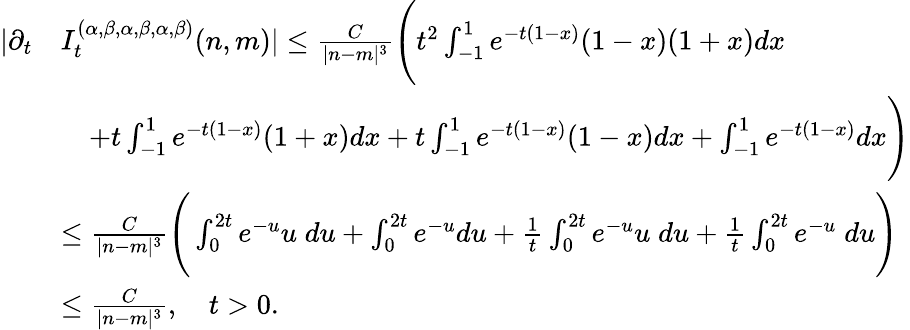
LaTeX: \begin{array}{rl}{|\partial_{t}}&{I_{t}^{(\alpha,\beta,\alpha,\beta,\alpha,\beta)}(n,m)|\le\frac{C}{|n-m|^{3}}\Bigg(t^{2}\int_{-1}^{1}e^{-t(1-x)}(1-x)(1+x)dx}\\ &{\quad+t\int_{-1}^{1}e^{-t(1-x)}(1+x)dx+t\int_{-1}^{1}e^{-t(1-x)}(1-x)dx+\int_{-1}^{1}e^{-t(1-x)}dx\Bigg)}\\ &{\le\frac{C}{|n-m|^{3}}\Bigg(\int_{0}^{2t}e^{-u}u\; du+\int_{0}^{2t}e^{-u}du+\frac{1}{t}\int_{0}^{2t}e^{-u}u\; du+\frac{1}{t}\int_{0}^{2t}e^{-u}\; du\Bigg)}\\ &{\le\frac{C}{|n-m|^{3}},\quad t>0.}\end{array}